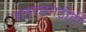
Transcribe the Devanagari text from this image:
शहरांसाठीही